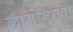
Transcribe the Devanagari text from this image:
कारागिराची